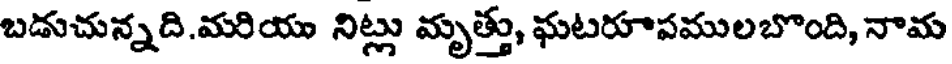
బడుచున్నది.మరియు నిట్లు మృత్తు, ఘటరూపములబొంది, నామ